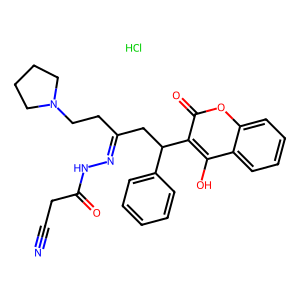
SMILES: Cl.N#CCC(=O)NN=C(CCN1CCCC1)CC(c1ccccc1)c1c(O)c2ccccc2oc1=O
Inhibits HIV replication: No